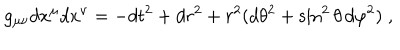
g _ { \mu \nu } d x ^ { \mu } d x ^ { \nu } = - d t ^ { 2 } + d r ^ { 2 } + r ^ { 2 } ( d \theta ^ { 2 } + \sin ^ { 2 } \theta \, d \varphi ^ { 2 } ) \; ,